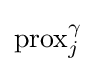
{\text{prox}}_{j}^{\gamma }